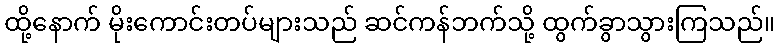
ထို့နောက် မိုးကောင်းတပ်များသည် ဆင်ကန်ဘက်သို့ ထွက်ခွာသွားကြသည်။